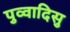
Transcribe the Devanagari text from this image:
पुव्वादिसु